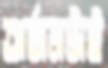
অর্জনটাই